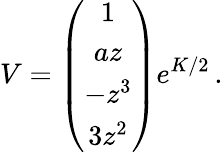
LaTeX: V=\left(\begin{array}{c}{{1}}\\ {{az}}\\ {{-z^{3}}}\\ {{3z^{2}}}\end{array}\right)e^{K/2}\, .